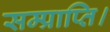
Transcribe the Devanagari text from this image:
सम्प्राप्ति।